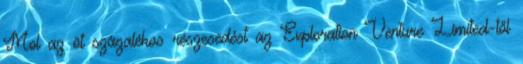
Mol az öt százalékos részesedést az Exploration Venture Limited-től